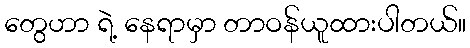
တွေဟာ ရဲ့ နေရာမှာ တာဝန်ယူထားပါတယ်။